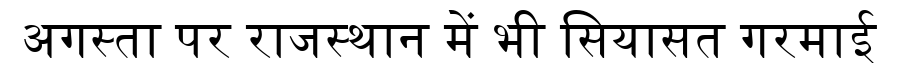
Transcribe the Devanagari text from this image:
अगस्ता पर राजस्थान में भी सियासत गरमाई